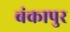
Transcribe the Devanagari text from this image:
बंकापुर